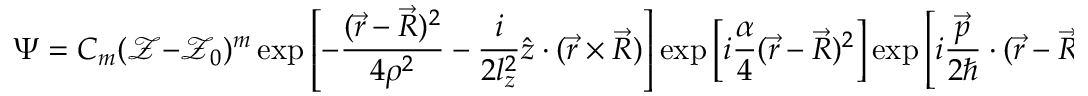
\Psi = C _ { m } ( \mathcal { Z } - \mathcal { Z } _ { 0 } ) ^ { m } \exp \left[ - \frac { ( \vec { r } - \vec { R } ) ^ { 2 } } { 4 \rho ^ { 2 } } - \frac { i } { 2 l _ { z } ^ { 2 } } \hat { z } \cdot ( \vec { r } \times \vec { R } ) \right] \exp \left[ i \frac { \alpha } { 4 } ( \vec { r } - \vec { R } ) ^ { 2 } \right] \exp \left[ i \frac { \vec { p } } { 2 \hbar } \cdot ( \vec { r } - \vec { R } ) \right] ,